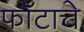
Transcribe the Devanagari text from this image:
फाँटाचे